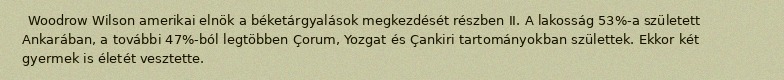
Woodrow Wilson amerikai elnök a béketárgyalások megkezdését részben II. A lakosság 53%-a született Ankarában, a további 47%-ból legtöbben Çorum, Yozgat és Çankiri tartományokban születtek. Ekkor két gyermek is életét vesztette.